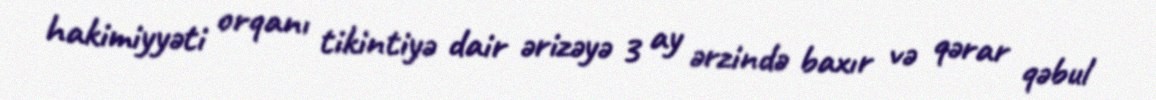
hakimiyyəti orqanı tikintiyə dair ərizəyə 3 ay ərzində baxır və qərar qəbul